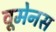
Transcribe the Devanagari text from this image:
वूमेनस